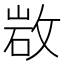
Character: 𢽡